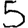
Digit: 5